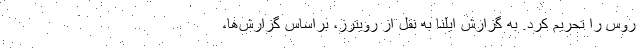
روس را تحریم کرد‌. به گزارش ایلنا به نقل از رویترز، براساس گزار‌ش‌ها،‌